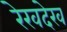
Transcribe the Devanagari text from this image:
रेखदेख